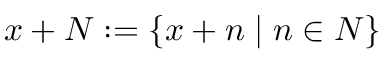
x + N : = \{ x + n \mid n \in N \}